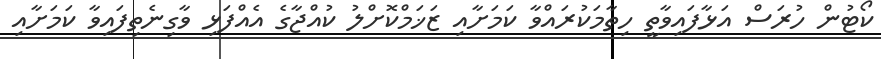
ކޯޓުން ހުރަސް އަޅާފައިވާތީ ހިތާމަކުރައްވާ ކަމަށާއި ޒަޚަމްކޮށްލު ކުއްޖާގެ އެއްފަޅި ވާގިނެތިފައިވާ ކަމަށާއި